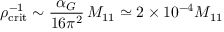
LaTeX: \rho _ { \mathrm { c r i t } } ^ { - 1 } \sim { \frac { \alpha _ { G } } { 1 6 \pi ^ { 2 } } } \, M _ { 1 1 } \simeq 2 \times 1 0 ^ { - 4 } M _ { 1 1 }